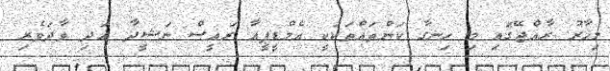
މިހާރު ރާއްޖޭގައި މި ހިނގާ ކަންތައްތަކަކީ އެމްޑީޕީއާ ރައީސް ނަޝީދާ އަދި ވާދަވެރި